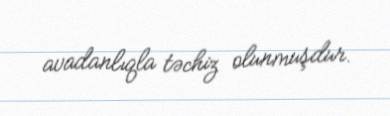
avadanlıqla təchiz olunmuşdur.